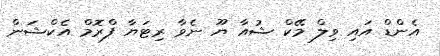
އެންޑް އައި ވިލް މޭކް ޝުއާ ޔޫ ނެވާ ރިޓަޔާ ފްރޮމް އެކްޝަން